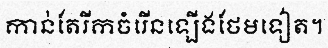
កាន់តែរីកចំរើនឡើងថែមទៀត។